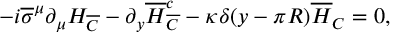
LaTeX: - i \overline { { \sigma } } ^ { \mu } \partial _ { \mu } H _ { \overline { { C } } } - \partial _ { y } \overline { { H } } _ { \overline { { C } } } ^ { c } - \kappa \delta ( y - \pi R ) \overline { { H } } _ { C } = 0 , \nonumber